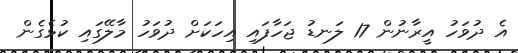
އެ ދުވަހު އީރާނުން 17 ލަނޑު ޖަހާފައި އިހަކަށް ދުވަހު މާލޭގައި ކުޅެގެން